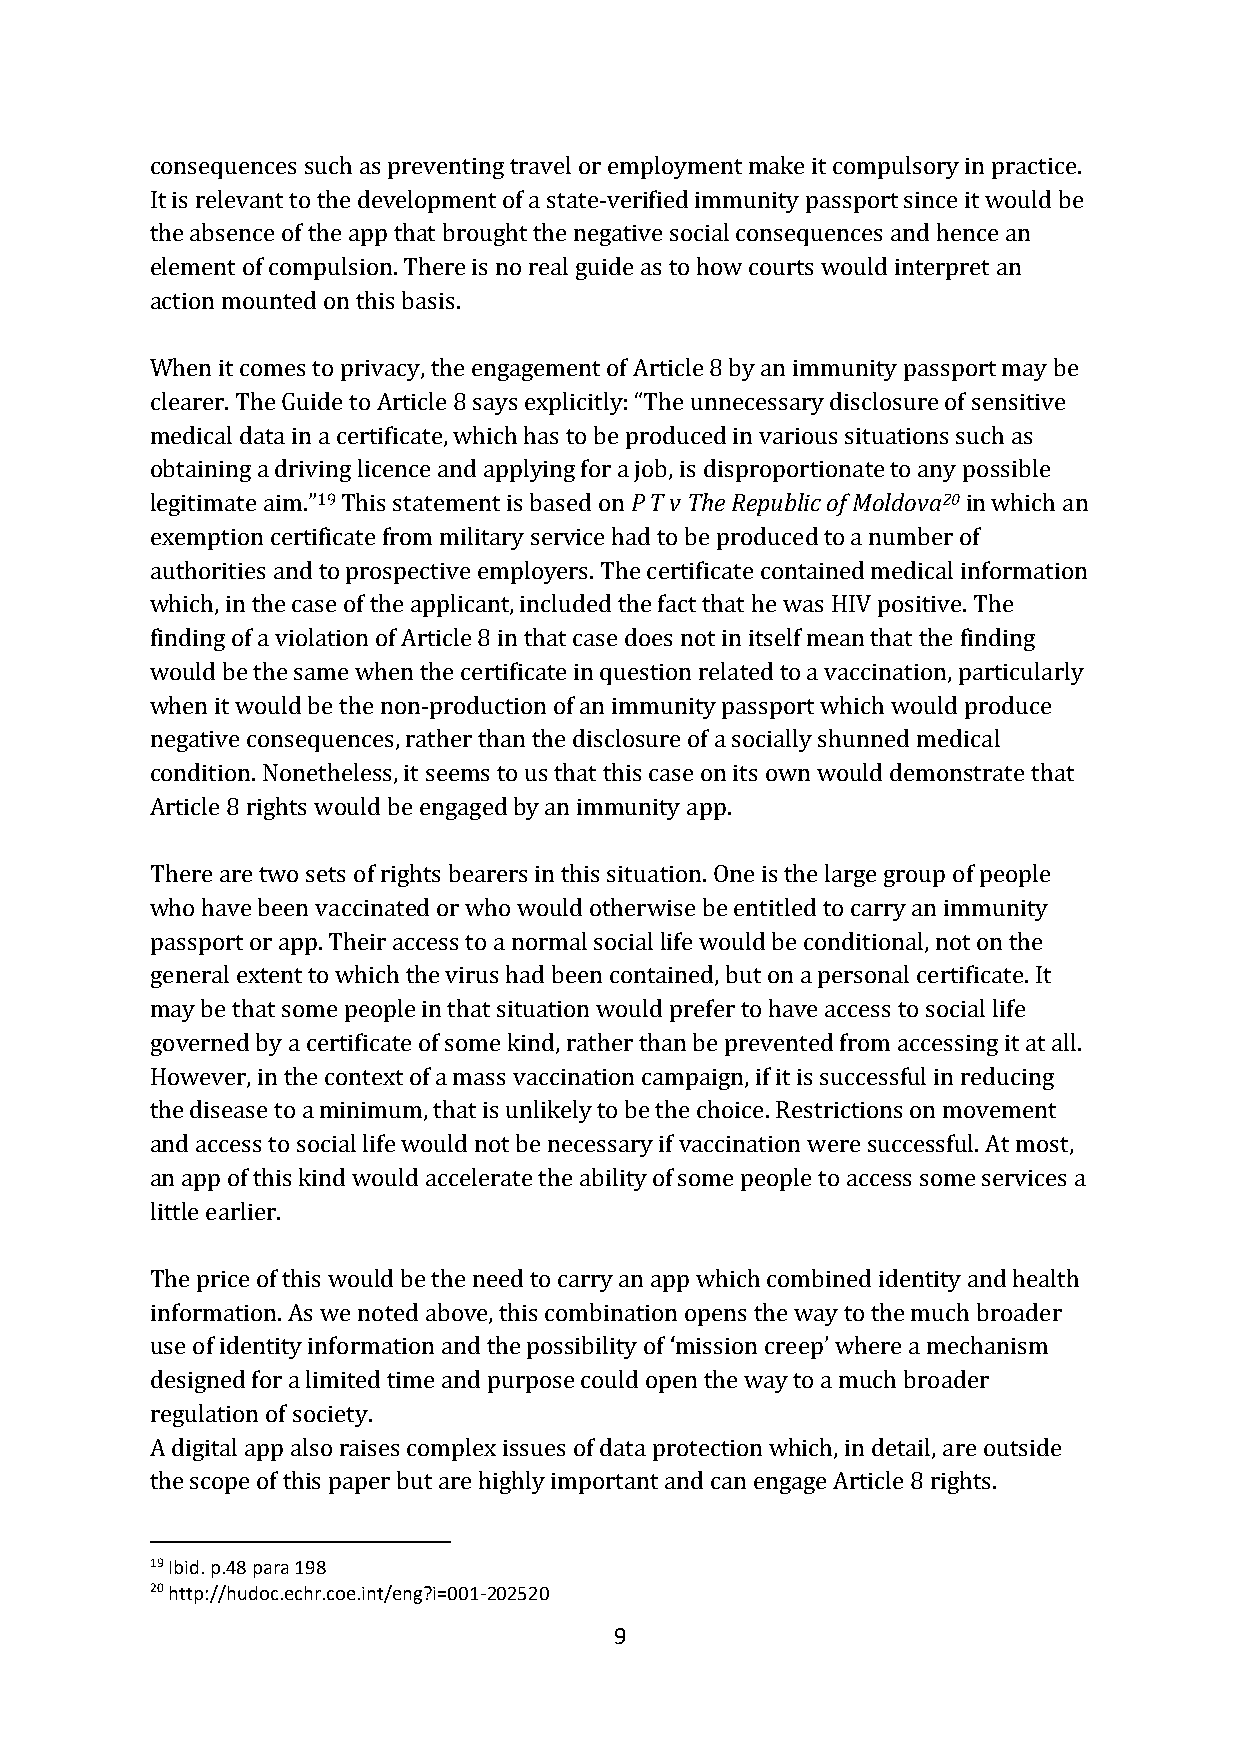
consequences such as preventing travel or employment make it compulsory in practice.
 It is relevant to the development of a state-verified immunity passport since it would be
 the absence of the app that brought the negative social consequences and hence an
 element of compulsion. There is no real guide as to how courts would interpret an
 action mounted on this basis.
 When it comes to privacy, the engagement of Article 8 by an immunity passport may be
 clearer. The Guide to Article 8 says explicitly: “The unnecessary disclosure of sensitive
 medical data in a certificate, which has to be produced in various situations such as
 obtaining a driving licence and applying for a job, is disproportionate to any possible
 legitimate aim.”19 This statement is based on P T v The Republic of Moldova20 in which an
 exemption certificate from military service had to be produced to a number of
 authorities and to prospective employers. The certificate contained medical information
 which, in the case of the applicant, included the fact that he was HIV positive. The
 finding of a violation of Article 8 in that case does not in itself mean that the finding
 would be the same when the certificate in question related to a vaccination, particularly
 when it would be the non-production of an immunity passport which would produce
 negative consequences, rather than the disclosure of a socially shunned medical
 condition. Nonetheless, it seems to us that this case on its own would demonstrate that
 Article 8 rights would be engaged by an immunity app.
 There are two sets of rights bearers in this situation. One is the large group of people
 who have been vaccinated or who would otherwise be entitled to carry an immunity
 passport or app. Their access to a normal social life would be conditional, not on the
 general extent to which the virus had been contained, but on a personal certificate. It
 may be that some people in that situation would prefer to have access to social life
 governed by a certificate of some kind, rather than be prevented from accessing it at all.
 However, in the context of a mass vaccination campaign, if it is successful in reducing
 the disease to a minimum, that is unlikely to be the choice. Restrictions on movement
 and access to social life would not be necessary if vaccination were successful. At most,
 an app of this kind would accelerate the ability of some people to access some services a
 little earlier.
 The price of this would be the need to carry an app which combined identity and health
 information. As we noted above, this combination opens the way to the much broader
 use of identity information and the possibility of ‘mission creep’ where a mechanism
 designed for a limited time and purpose could open the way to a much broader
 regulation of society.
 A digital app also raises complex issues of data protection which, in detail, are outside
 the scope of this paper but are highly important and can engage Article 8 rights.
 19 Ibid. p.48 para 198
 20 http://hudoc.echr.coe.int/eng?i=001-202520
 9